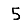
Digit: 5